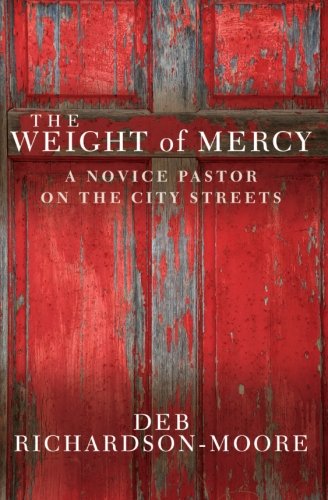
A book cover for The Weight of Mercy: A Novice Pastor on the City Streets; Deb Richardson-Moore; Biographies & Memoirs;